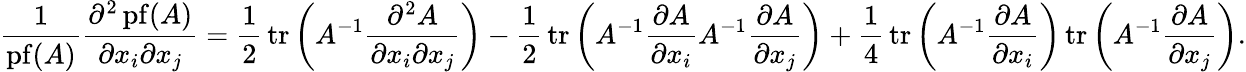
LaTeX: {\frac{1}{\operatorname{pf}(A)}}{\frac{\partial^{2}\operatorname{pf}(A)}{\partial x_{i}\partial x_{j}}}={\frac{1}{2}}\operatorname{tr}\left(A^{-1}{\frac{\partial^{2}A}{\partial x_{i}\partial x_{j}}}\right)-{\frac{1}{2}}\operatorname{tr}\left(A^{-1}{\frac{\partial A}{\partial x_{i}}}A^{-1}{\frac{\partial A}{\partial x_{j}}}\right)+{\frac{1}{4}}\operatorname{tr}\left(A^{-1}{\frac{\partial A}{\partial x_{i}}}\right)\operatorname{tr}\left(A^{-1}{\frac{\partial A}{\partial x_{j}}}\right).